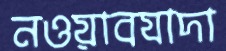
নওয়াবযাদা